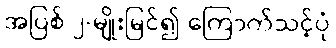
အပြစ် ၂-မျိုးမြင်၍ ကြောက်သင့်ပုံ